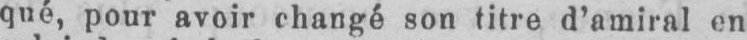
qué, pour avoir changé son titre d’amiral en